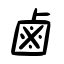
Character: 鹵